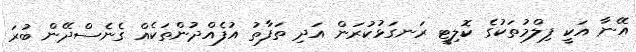
އޭނާ އަކީ ފިލްމުތަކުގެ ކޮލިޓީ ރަނގަޅުކުރަން އަދި ތަފާތު އުފެއްދުންތަކެއް ގެނެސްދޭން ބުރަ